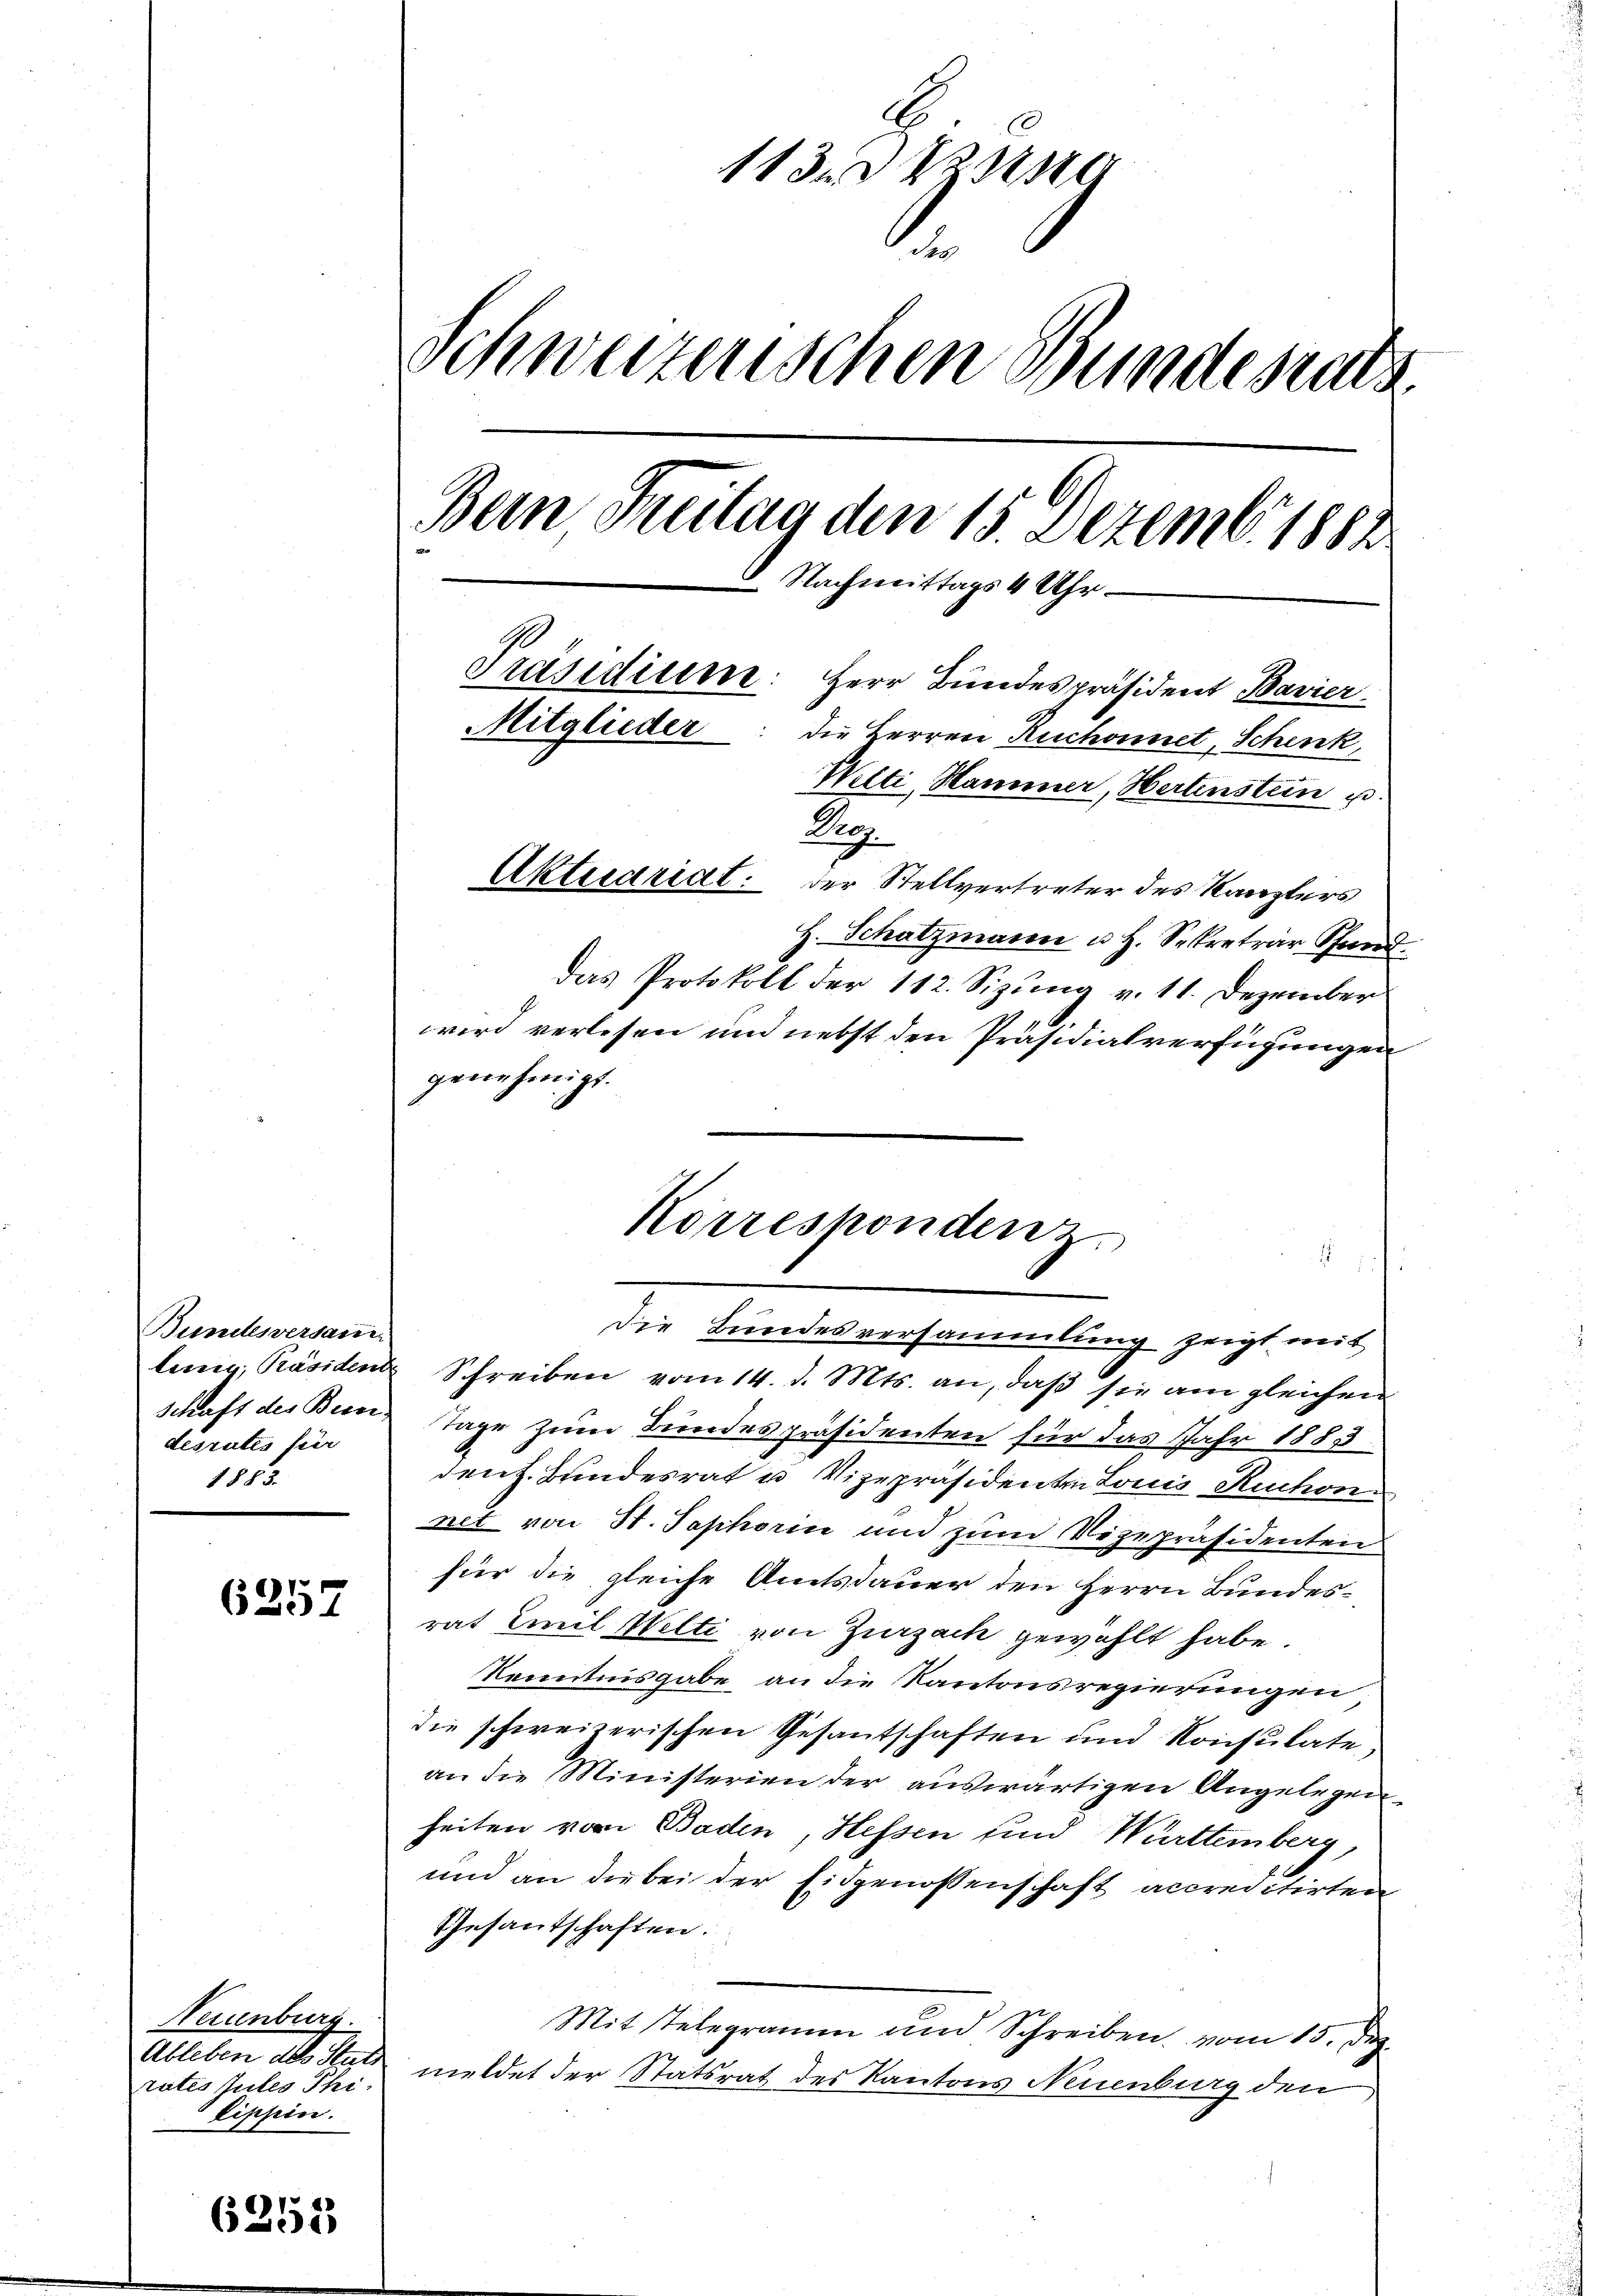
Bundesversan
desrates für
1883.

6257

Neuenburg.
rates tutes Phi¬
Lippen.

6352

113 des
Schweizerischen Bundesrats.
Bein Freitag den 15. Dezemb. 1888
8. Nachmittags 4 Uhr
Präsidiume: Herr Bundespräsident Bavier
Mitglieder: die Herren Ruchonnet, Schenk,
Welti, Hammer, Hertenstein u.
Reg.
Aktuariat der Stellvertreter des Kanzlers

H. Schatzmann u. H. Sekretrar Stand.
das Protokoll der 112. Sizung v. 11. Dezember
wird verlesen und nebst den Präsidialverfügungen
genehmigt.

ling, Präsiden Schreiben vom 14. d. Mts. an, daß sie am gleichen
schaft des Bern Tage zum Bundespräsidenten für das Jahr 1883
dent. Bundesrat u Vizepräsidenten Louis Ruchon
net von St. Saphorin und zum Vizepräsidenten
für die gleiche Amtsdauer den Herrn Bundesrat Emil Welti von Zurzach gewählt habe.
Kenntnisgabe, an die Kantonsregierungen
die schweizerischen Gesantschaften und Konsulate
an die Ministerien der auswärtigen Angelegen
heiten vom Baden, Hessen und Württemberg,
und an die bei der Eidgenossenschaft accreditirten
Gesantschaften:
Mit Telegramm und Schreiben, vom 15. Dez.
Ableben des Stutz meldet der Statsrat des Kantons Neuenburg den

Korrespondenz.
Die Bundesversammlung zeigt mit